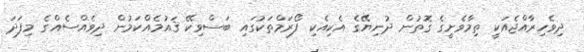
ދިވެހިރާއްޖެއަކީ ތިމާވެށީގެ ގޮތުން ދުނިޔޭގެ އެކިއެކި ފޯރަމްތަކުގައި ބަސްވިކޭ ޤައުމެއްކަމުން ދިވެއްސެއްގެ މިފަދަ